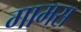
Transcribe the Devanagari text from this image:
गामस